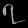
Digit: ၇